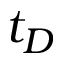
t _ { D }